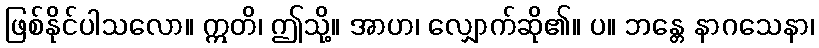
ဖြစ်နိုင်ပါသလော။ ဣတိ၊ ဤသို့။ အာဟ၊ လျှောက်ဆို၏။ ပ။ ဘန္တေ နာဂသေနာ၊